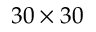
3 0 \times 3 0